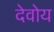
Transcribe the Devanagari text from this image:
देवोय